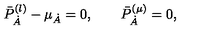
\bar { P } _ { \dot { A } } ^ { ( \l ) } - \mu _ { \dot { A } } = 0 , \qquad \bar { P } _ { \dot { A } } ^ { ( \mu ) } = 0 ,